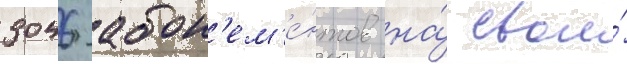
3046 абон'ем'е́нтов на́ свои́